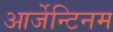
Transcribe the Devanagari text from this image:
आर्जेन्टिनम